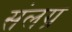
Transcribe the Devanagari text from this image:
संलग्र